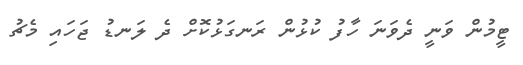
ޓީމުން ވަނީ ދެވަނަ ހާފު ކުޅުން ރަނގަޅުކޮށް ދެ ލަނޑު ޖަހައި މެޗު